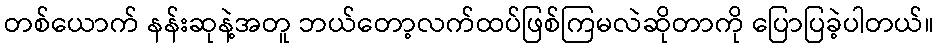
တစ်ယောက် နန်းဆုနဲ့အတူ ဘယ်တော့လက်ထပ်ဖြစ်ကြမလဲဆိုတာကို ပြောပြခဲ့ပါတယ်။